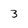
Character: 3